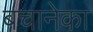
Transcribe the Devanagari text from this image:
बचानेका